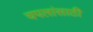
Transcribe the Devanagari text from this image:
चपलांसाठी